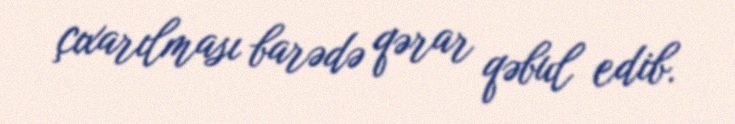
çıxarılması barədə qərar qəbul edib.